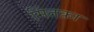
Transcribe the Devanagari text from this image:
मिंतक़ा